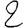
Digit: 2